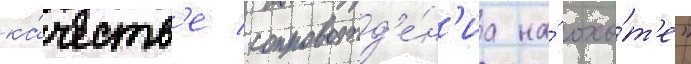
ка́честв'е сопровожд'е́н'иа на́ охо́т'е"